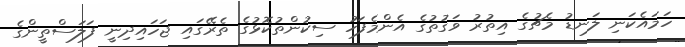
ހަމައެކަނި ލަނޑު މެޗުގެ އިތުރު ވަގުތުގެ އެންމެފަހު ސިކުންތުކޮޅުގެ ތެރޭގައި ޖަހައިދިނީ ފަލަސްތީންގެ